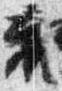
袍